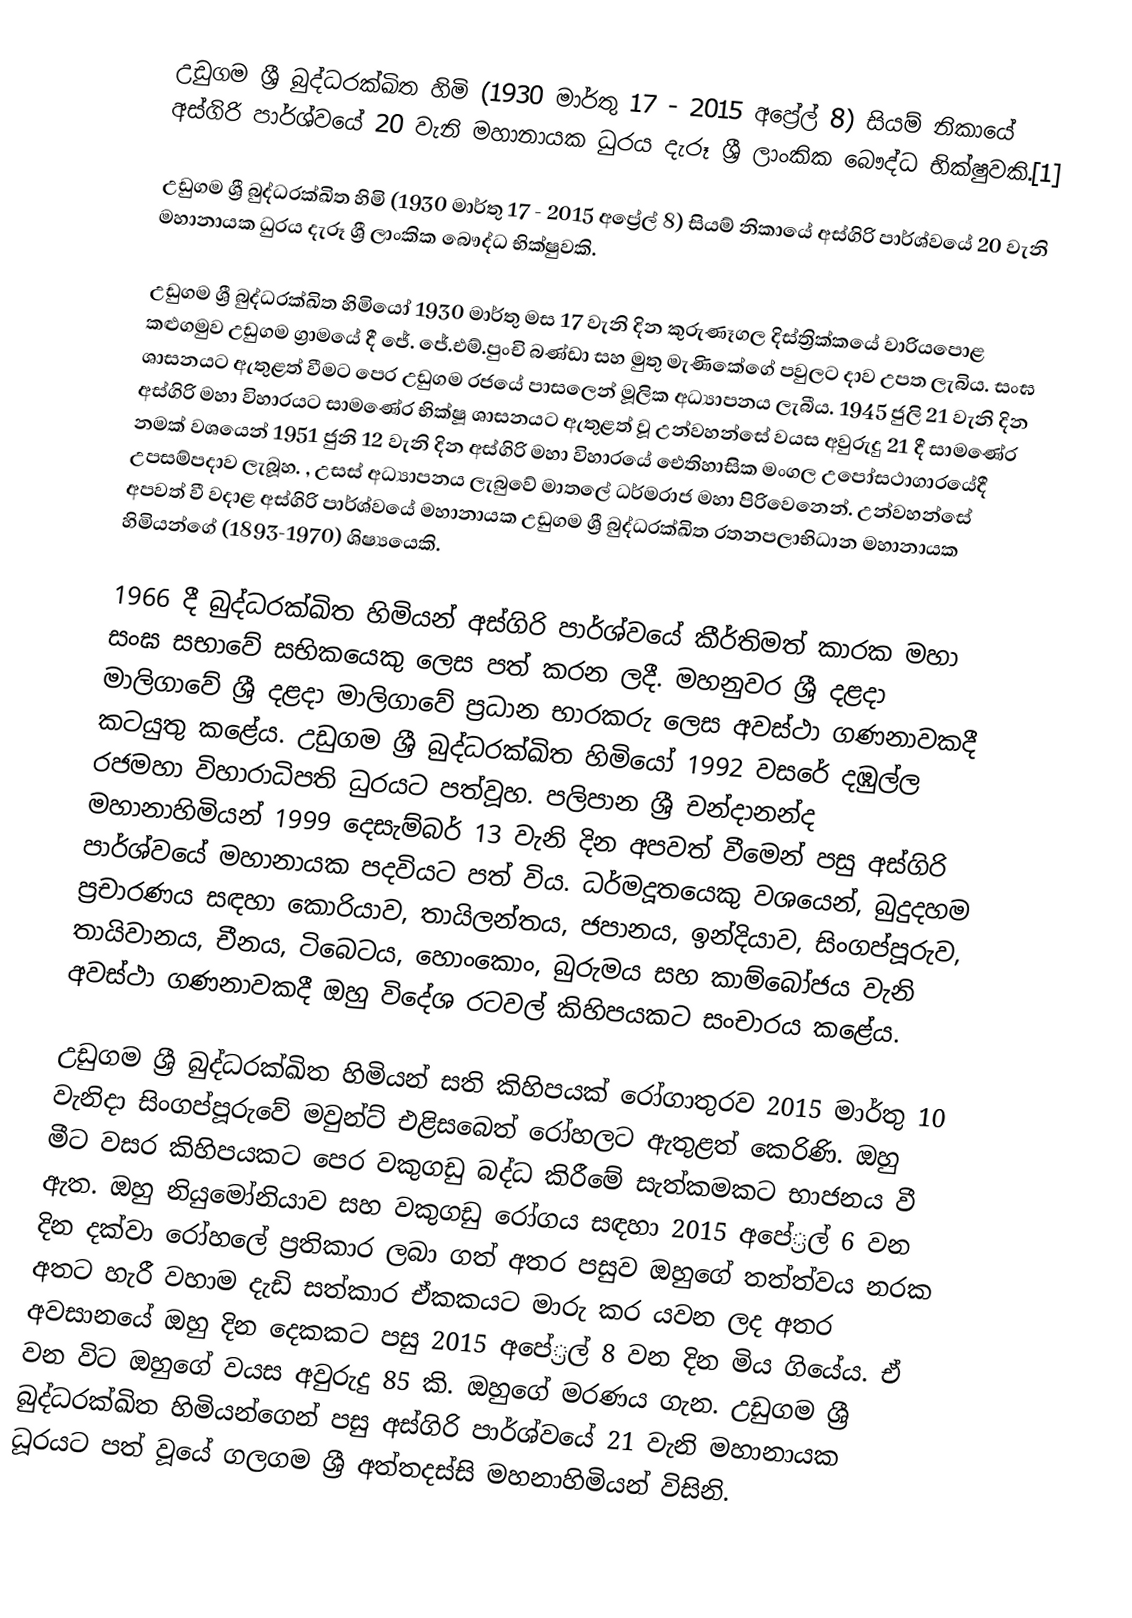
උඩුගම ශ්‍රී බුද්ධරක්ඛිත හිමි (1930 මාර්තු 17 - 2015 අප්‍රේල් 8) සියම් නිකායේ අස්ගිරි පාර්ශ්වයේ 20 වැනි මහානායක ධුරය දැරූ ශ්‍රී ලාංකික බෞද්ධ භික්ෂුවකි.[1]

උඩුගම ශ්‍රී බුද්ධරක්ඛිත හිමි (1930 මාර්තු 17 - 2015 අප්‍රේල් 8) සියම් නිකායේ අස්ගිරි පාර්ශ්වයේ 20 වැනි මහානායක ධුරය දැරූ ශ්‍රී ලාංකික බෞද්ධ භික්ෂුවකි.

උඩුගම ශ්‍රී බුද්ධරක්ඛිත හිමියෝ 1930 මාර්තු මස 17 වැනි දින කුරුණෑගල දිස්ත්‍රික්කයේ වාරියපොළ කළුගමුව උඩුගම ග්‍රාමයේ දී ජේ. ජේ.එම්.පුංචි බණ්ඩා සහ මුතු මැණිකේගේ පවුලට දාව උපත ලැබිය. සංඝ ශාසනයට ඇතුළත් වීමට පෙර උඩුගම රජයේ පාසලෙන් මූලික අධ්‍යාපනය ලැබීය. 1945 ජුලි 21 වැනි දින අස්ගිරි මහා විහාරයට සාමණේර භික්ෂූ ශාසනයට ඇතුළත් වූ උන්වහන්සේ වයස අවුරුදු 21 දී සාමණේර නමක් වශයෙන් 1951 ජුනි 12 වැනි දින අස්ගිරි මහා විහාරයේ ඓතිහාසික මංගල උපෝසථාගාරයේදී උපසම්පදාව ලැබූහ. , උසස් අධ්‍යාපනය ලැබුවේ මාතලේ ධර්මරාජ මහා පිරිවෙනෙන්. උන්වහන්සේ අපවත් වී වදාළ අස්ගිරි පාර්ශ්වයේ මහානායක උඩුගම ශ්‍රී බුද්ධරක්ඛිත රතනපලාභිධාන මහානායක හිමියන්ගේ (1893-1970) ශිෂ්‍යයෙකි.

1966 දී බුද්ධරක්ඛිත හිමියන් අස්ගිරි පාර්ශ්වයේ කීර්තිමත් කාරක මහා සංඝ සභාවේ සභිකයෙකු ලෙස පත් කරන ලදී. මහනුවර ශ්‍රී දළදා මාලිගාවේ ශ්‍රී දළදා මාලිගාවේ ප්‍රධාන භාරකරු ලෙස අවස්ථා ගණනාවකදී කටයුතු කළේය. උඩුගම ශ්‍රී බුද්ධරක්ඛිත හිමියෝ 1992 වසරේ දඹුල්ල රජමහා විහාරාධිපති ධුරයට පත්වූහ. පලිපාන ශ්‍රී චන්දානන්ද මහානාහිමියන් 1999 දෙසැම්බර් 13 වැනි දින අපවත් වීමෙන් පසු අස්ගිරි පාර්ශ්වයේ මහානායක පදවියට පත් විය. ධර්මදූතයෙකු වශයෙන්, බුදුදහම ප්‍රචාරණය සඳහා කොරියාව, තායිලන්තය, ජපානය, ඉන්දියාව, සිංගප්පූරුව, තායිවානය, චීනය, ටිබෙටය, හොංකොං, බුරුමය සහ කාම්බෝජය වැනි අවස්ථා ගණනාවකදී ඔහු විදේශ රටවල් කිහිපයකට සංචාරය කළේය.

උඩුගම ශ්‍රී බුද්ධරක්ඛිත හිමියන් සති කිහිපයක් රෝගාතුරව 2015 මාර්තු 10 වැනිදා සිංගප්පූරුවේ මවුන්ට් එළිසබෙත් රෝහලට ඇතුළත් කෙරිණි. ඔහු මීට වසර කිහිපයකට පෙර වකුගඩු බද්ධ කිරීමේ සැත්කමකට භාජනය වී ඇත. ඔහු නියුමෝනියාව සහ වකුගඩු රෝගය සඳහා 2015 අපේ‍්‍රල් 6 වන දින දක්වා රෝහලේ ප‍්‍රතිකාර ලබා ගත් අතර පසුව ඔහුගේ තත්ත්වය නරක අතට හැරී වහාම දැඩි සත්කාර ඒකකයට මාරු කර යවන ලද අතර අවසානයේ ඔහු දින දෙකකට පසු 2015 අපේ‍්‍රල් 8 වන දින මිය ගියේය. ඒ වන විට ඔහුගේ වයස අවුරුදු 85 කි. ඔහුගේ මරණය ගැන. උඩුගම ශ්‍රී බුද්ධරක්ඛිත හිමියන්ගෙන් පසු අස්ගිරි පාර්ශ්වයේ 21 වැනි මහානායක ධූරයට පත් වූයේ ගලගම ශ්‍රී අත්තදස්සි මහනාහිමියන් විසිනි.